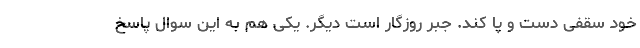
خود سقفی دست و پا کند. جبر روزگار است دیگر. یکی هم به این سوال پاسخ